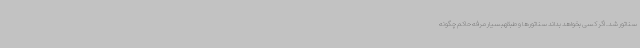
سناتور شد. اگر کسی بخواهد بداند سناتورها و طبقهبسیار مرفه حاکم چگونه